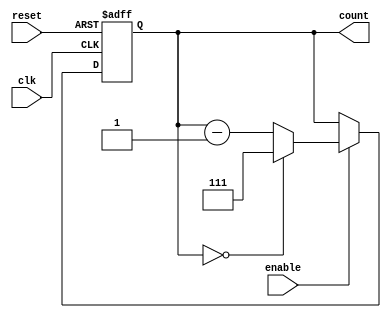
module binary_down_counter (
    input wire clk,          // Clock signal
    input wire reset,        // Asynchronous active-high reset
    input wire enable,       // Active-high enable signal
    output reg [2:0] count   // 3-bit output representing the current count value
);
    // Maximum count value
    localparam MAX_COUNT = 3'b111; // 7 in decimal (3-bit wide)

    // Initial value
    initial begin
        count = MAX_COUNT; // Initialize count to the maximum value
    end

    // Synchronous process
    always @(posedge clk or posedge reset) begin
        if (reset) begin
            count <= MAX_COUNT; // Reset count to maximum value
        end else if (enable) begin
            // Decrement the count
            if (count == 3'b000) begin
                count <= MAX_COUNT; // Wrap around when reaching zero
            end else begin
                count <= count - 1; // Decrement the counter
            end
        end
    end
endmodule